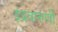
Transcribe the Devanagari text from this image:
इंद्रवारुणी